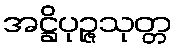
အဋ္ဌိပုဉ္ဇသုတ္တ